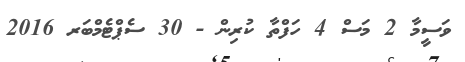
ވަސީމާ 2 މަސް 4 ހަފްތާ ކުރިން - 30 ސެޕްޓެމްބަރ 2016